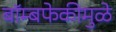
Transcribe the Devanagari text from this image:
बॉम्बफेकीमुळे